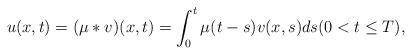
LaTeX: \begin{align*}u(x,t) = (\mu*v)(x,t) = \int_{0}^{t}\mu(t-s)v(x,s)ds(0<t\leq T),\end{align*}